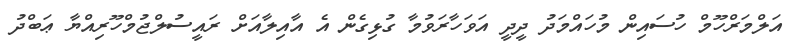
އަލްމަރްހޫމް ހުސައިން މުހައްމަދު ދީދީ އަވަހާރަވުމާ ގުޅިގެން އެ އާއިލާއަށް ރައީސުލްޖުމްހޫރިއްޔާ ޢަބްދު